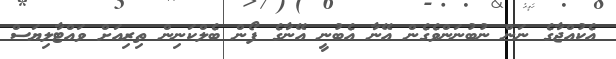
އެކުއްޖާގެ ނަން ނުބުނަންވެގެން އޭނާ އެބުނީ އޭނާގެ ފޯން ބެލްކަނިން ތިރިއަށް ވައްޓާލިޔަސް